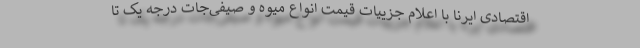
اقتصادی ایرنا با اعلام جزییات قیمت انواع میوه و صیفی‌جات درجه یک تا